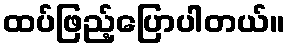
ထပ်ဖြည့်ပြောပါတယ်။